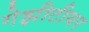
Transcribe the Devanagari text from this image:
गेझीटीयर